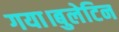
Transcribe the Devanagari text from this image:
गया।बुलेटिन